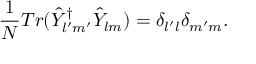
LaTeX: \frac { 1 } { N } T r ( \hat { Y } _ { l ^ { \prime } m ^ { \prime } } ^ { \dagger } \hat { Y } _ { l m } ) = \delta _ { l ^ { \prime } l } \delta _ { m ^ { \prime } m } .